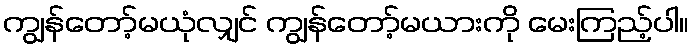
ကျွန်တော့်မယုံလျှင် ကျွန်တော့်မယားကို မေးကြည့်ပါ။